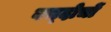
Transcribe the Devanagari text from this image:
बच्दोचों